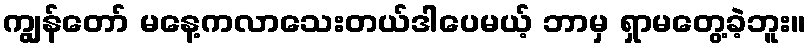
ကျွန်တော် မနေ့ကလာသေးတယ်ဒါပေမယ့် ဘာမှ ရှာမတွေ့ခဲ့ဘူး။